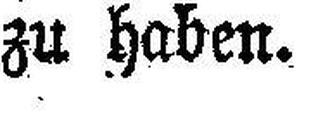
zu haben.